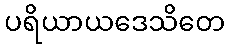
ပရိယာယဒေသိတေ